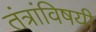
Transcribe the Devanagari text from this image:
तंत्रांविषयी